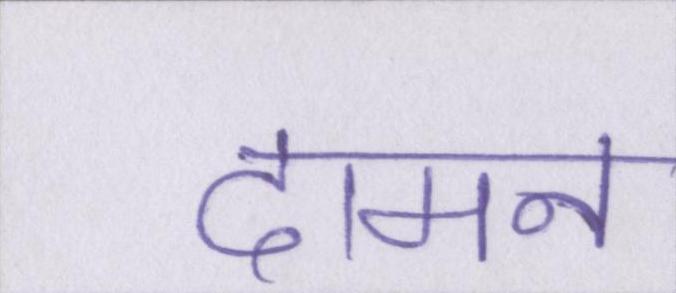
दामन